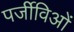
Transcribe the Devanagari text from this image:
पर्जीविओं